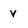
Character: V